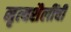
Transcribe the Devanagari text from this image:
नृत्यशैलींची